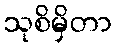
သုစိမှိတာ